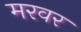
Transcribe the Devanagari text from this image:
मरवर